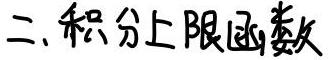
二、积分上限函数